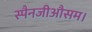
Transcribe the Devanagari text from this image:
स्पैनजीऔसम।